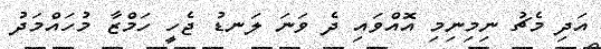
އަދި މެޗު ނިމިނިމި އޮއްވައި ދެ ވަނަ ލަނޑު ޖެހީ ހަމްޒާ މުހައްމަދު